Lunatic asylums Punjab 1881-1894 - 1881-1894
Year: 1881
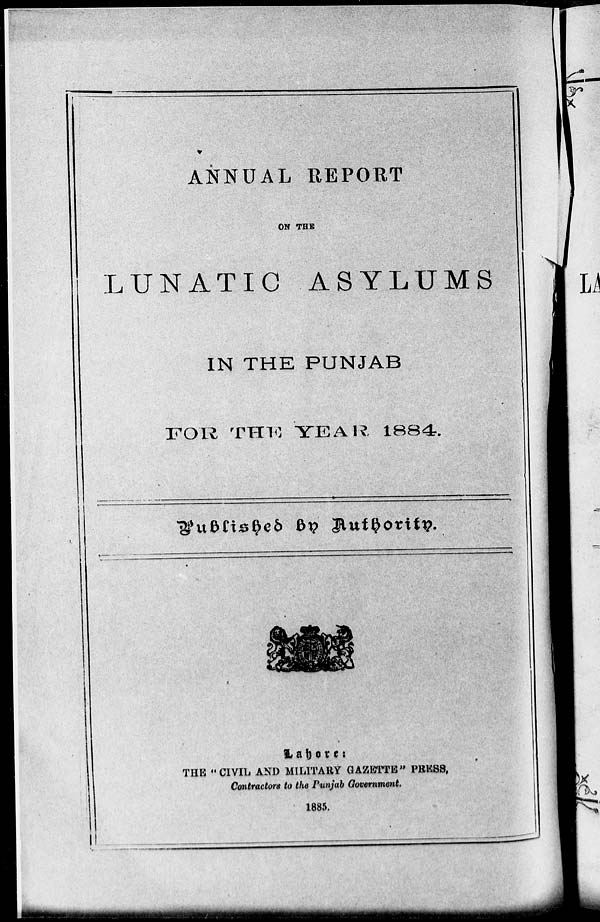
ANNUAL REPORT
ON THE
LUNATIC ASYLUMS
IN THE PUNJAB
FOR
THE YEAR 1884.
Published by Authority.
Lahore:
THE "CIVIL AND MILITARY GAZETTE" PRESS,
Contractors to the Punjab Government.
1885.